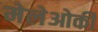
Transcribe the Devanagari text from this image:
मेलेओर्की